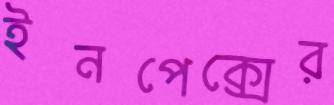
ইনপেক্সের